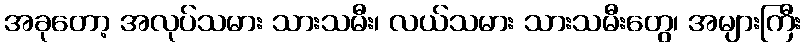
အခုတော့ အလုပ်သမား သားသမီး၊ လယ်သမား သားသမီးတွေ၊ အများကြီး